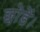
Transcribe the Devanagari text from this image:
छोडें।